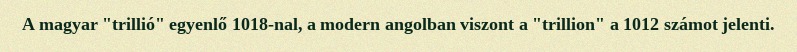
A magyar "trillió" egyenlő 1018-nal, a modern angolban viszont a "trillion" a 1012 számot jelenti.